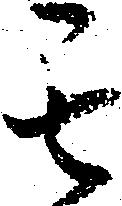
其